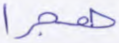
هجرا